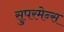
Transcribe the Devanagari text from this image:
सुपरमेन्स